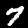
Digit: 7